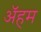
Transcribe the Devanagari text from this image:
ॲहम